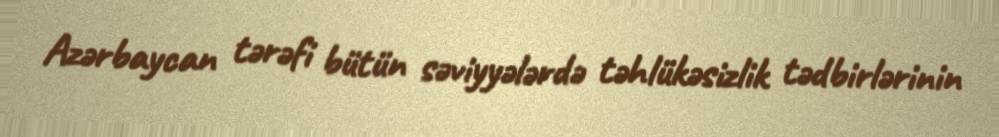
Azərbaycan tərəfi bütün səviyyələrdə təhlükəsizlik tədbirlərinin